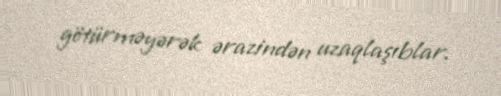
götürməyərək ərazindən uzaqlaşıblar.